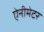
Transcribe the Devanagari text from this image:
ऐनीमेटर